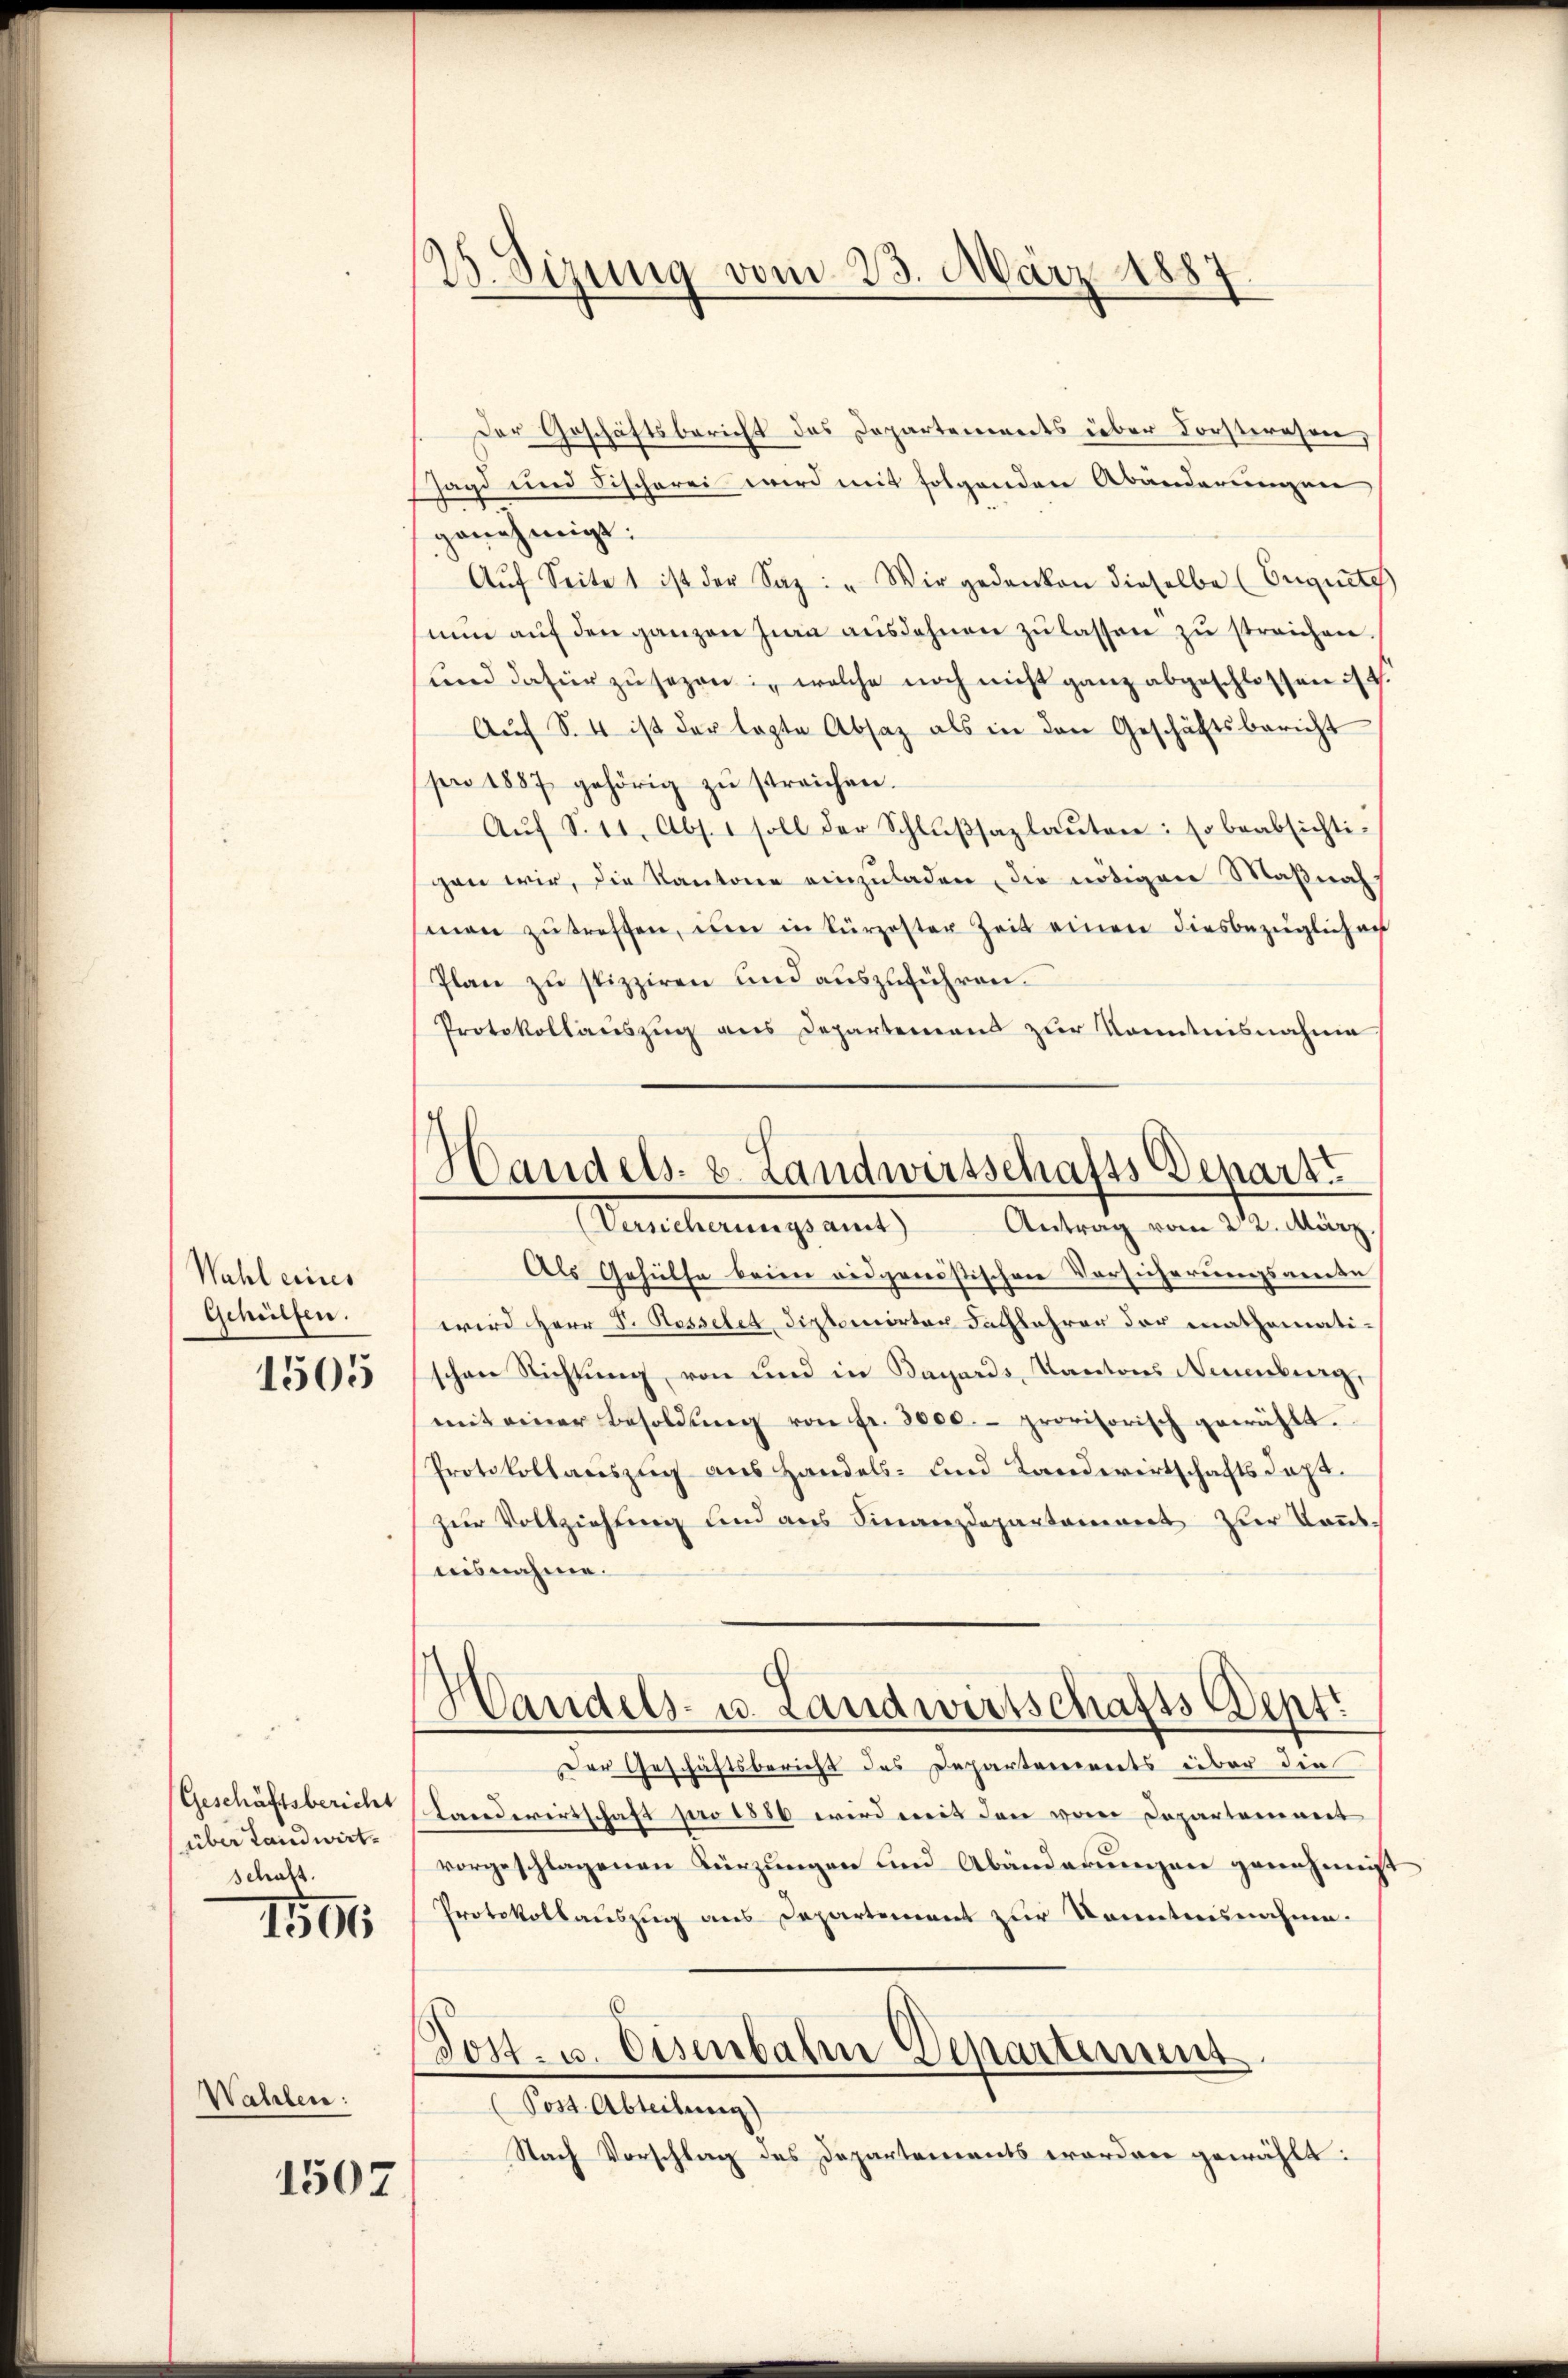
Wahl eines
Gehülfen.
1505

Geschäftsbericht
über Landwirt-
schaft.

1591

Wahlen:

1507

15. Sizung vom 23. März 1887

Handels- u. Landwirtschafts Depart
Suterungs amt
Antrag vom 22. März

Der Geschäftsbericht des Departements über Forstwesen,
Jagd und Fischerei wird mit folgenden Abänderungen
genehmigt.
Aŭf Seite 1 ist der Saz: " Wir gedanken dieselbe (Eignete
nŭn aŭf den ganzen Zwa ausdehnen zŭ lassen zŭ streichen.
und dafür zu sezen, welche noch nicht ganz abgeschlossen 4.
Aŭf S. 4 ist der legte Absaz als in den Geschäftsbericht
pr 1887 gehörig zu streichen.
Aŭf S. 11, Abs. 1 soll der Schlŭβsazlaŭten: so beabsichtigen wir, die Kantone einzuladen, die nötigen Maßnah
men zŭ treffen, um in kürzester Zeit einen diesbezüglich auf
Plan zu spizzieren und auszuführen.
Protokollauszug aus Departemens zur Kenntnisnahme
Als Gehülfe keine vidgenössischen Versicherungsante
wird Herr F. Rosseler, Diplomirter Sachlehrer der mathemati-
schon Richtung, von und in Sagards, Kantons Neuenburg,
mit einer Besoldŭng von fr. 3000.- provisorisch gewählt.
Protokollauszug aus Handels- und Landwirtschaftsdopzur Vollziehung und aus Finanzdepartament zur Kenntnisnahme.
Handels- u. Landwirtschafts Sept.
Der Geschäftsbericht des Departements über die
Landwertschaft pro 1880 wird mit den vom Departement
vorgeschlagenen Kürzungen und Abänderungen genehmig¬
Protokollauszug aus Departement zur Kenntnisnahme.
Tost- u. Eisenbahn Departement
(Post. Abteilung)
 Nach Vorschlag des Departements worden gewählt: